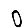
Digit: 0